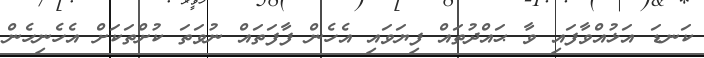
ކަނޑަ އަޅުއްވާފައި ވާ ޙައްދުތައް ފިޔަވައި އެހެން ފާފަތައް ނުވަތަ ކުށްތަކަށް އެހެނިހެން